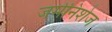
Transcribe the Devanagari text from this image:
जर्मनिशेज